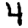
Digit: 4